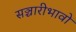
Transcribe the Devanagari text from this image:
सञ्चारीभावों